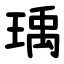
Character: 瑀